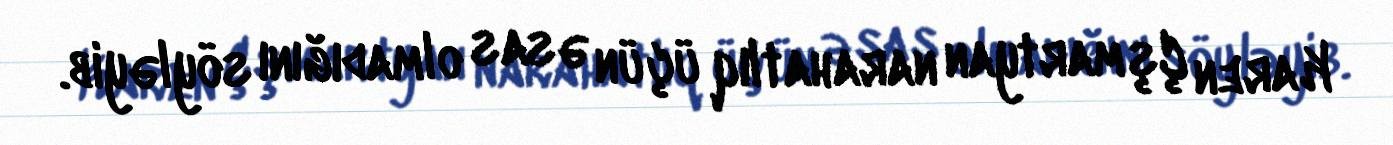
Karen Çşmartyan narahatlıq üçün əsas olmadığını söyləyib.